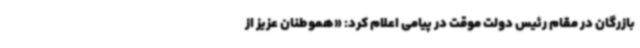
بازرگان در مقام رئیس دولت موقت در پیامی اعلام کرد: «هموطنان عزیز از